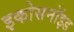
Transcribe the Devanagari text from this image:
इकोसनॉइड